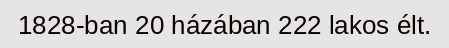
1828-ban 20 házában 222 lakos élt.